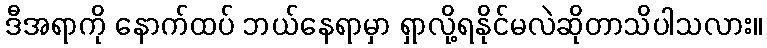
ဒီအရာကို နောက်ထပ် ဘယ်နေရာမှာ ရှာလို့ရနိုင်မလဲဆိုတာသိပါသလား။